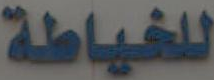
للخياطة